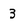
Character: 3